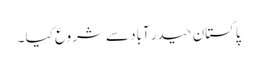
پاکستان حیدر آباد سے شروع کیا ۔